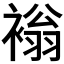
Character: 𧛹